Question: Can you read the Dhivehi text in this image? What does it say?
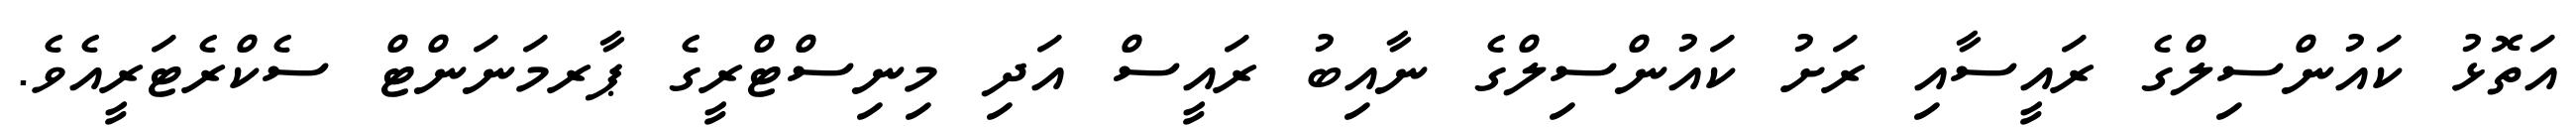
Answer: އަތޮޅު ކައުންސިލްގެ ރައީސާއި ރަށު ކައުންސިލްގެ ނާއިބު ރައީސް އަދި މިނިސްޓްރީގެ ޕާރމަނަންޓް ސެކްރެޓަރީއެވެ.